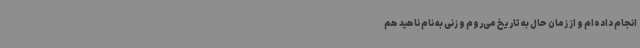
انجام داده‌ام و از زمان حال به تاریخ می‌روم و زنی به نام ناهید هم